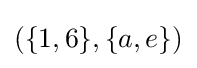
{\textstyle (\lbrace 1,6\rbrace ,\lbrace a,e\rbrace )}